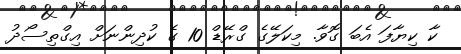
ކާ ކިޔާފަ އެބަ ގޮވާ. މިކަލޭގެ ގްރޭޑް 10 ގެ ކުދިންނަށް އިގްތިސޯދު